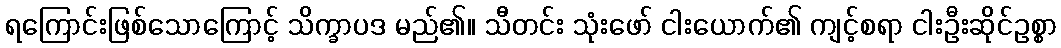
ရကြောင်းဖြစ်သောကြောင့် သိက္ခာပဒ မည်၏။ သီတင်း သုံးဖော် ငါးယောက်၏ ကျင့်စရာ ငါးဦးဆိုင်ဥစ္စာ